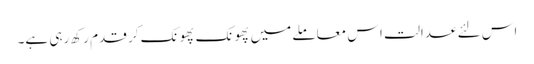
اس لئے عدالت اس معاملے میں پھونک پھونک کر قدم رکھ رہی ہے۔